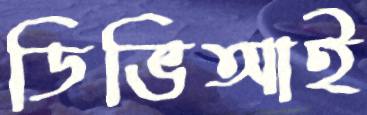
ডিভিআই